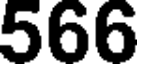
566